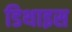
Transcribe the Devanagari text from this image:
डिथाइस